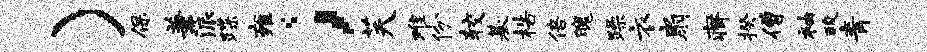
）保兼派蹀雍；芙难份较基梏倍魄躁衣扇瘠揆僧袖酸青